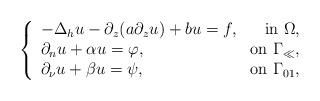
LaTeX: \begin{align*} \left\{ \begin{array}{lr} -\Delta_h u-\partial_z(a\partial_zu)+bu=f, &\mbox{in }\Omega,\\ \partial_nu+\alpha u=\varphi,&\mbox{on }\Gamma_\ll,\\ \partial_\nu u+\beta u=\psi,&\mbox{on }\Gamma_{01}, \end{array} \right.\end{align*}